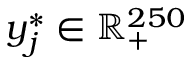
\boldsymbol { y } _ { j } ^ { * } \in \mathbb { R } _ { + } ^ { 2 5 0 }